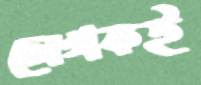
লেখকই